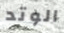
الوتد